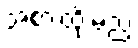
အစားထိုးမည့်